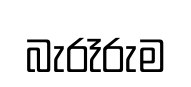
බැරෑරුම